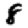
Digit: 8